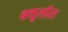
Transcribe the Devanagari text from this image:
बथूलॉस